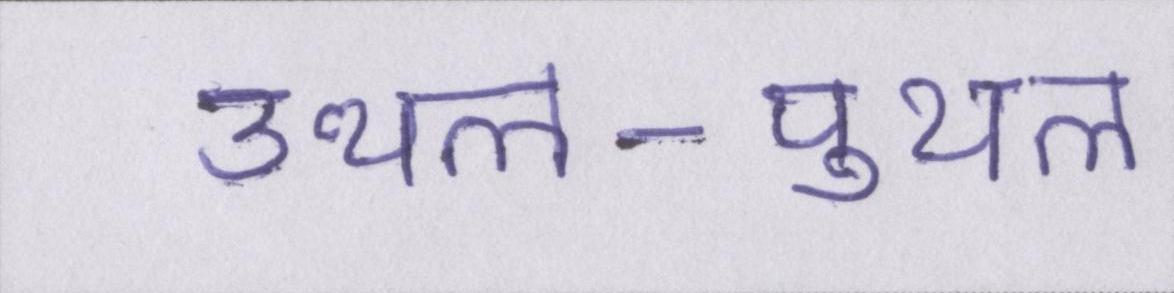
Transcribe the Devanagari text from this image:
उथल-पुथल